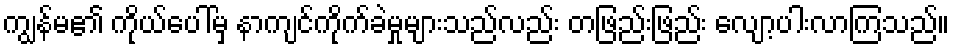
ကျွန်မ၏ ကိုယ်ပေါ်မှ နာကျင်ကိုက်ခဲမှုများသည်လည်း တဖြည်းဖြည်း လျော့ပါးလာကြသည်။